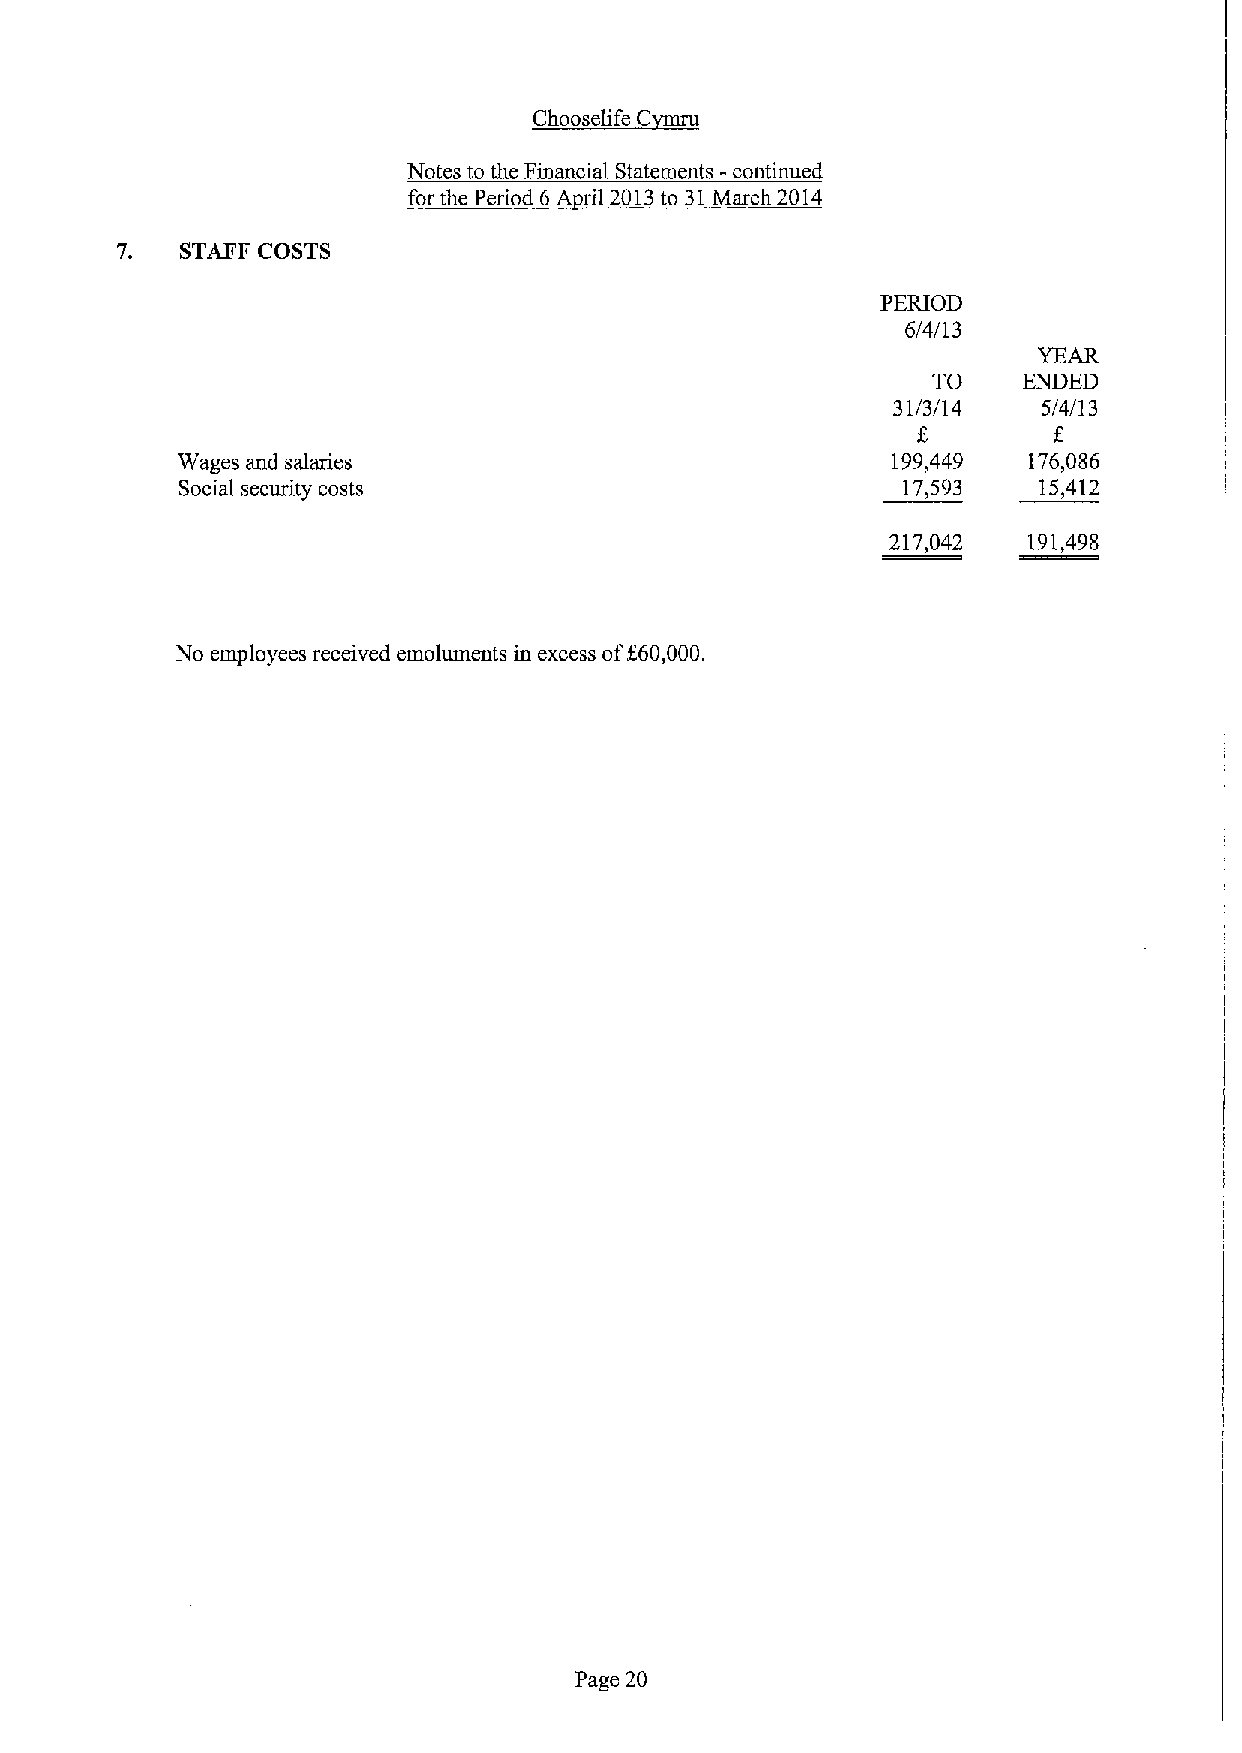
~Ch  ric C
 Notes to the Financial Statements -continued
 for the Period 6A ril 2013to 31March 2014
 7.  STAFF COSTS
 PERIOD
 6/4/13
 YEAR
 TO    ENDED
 31/3/14   5/4/I 3
 f.
 Wages and salaries                             199,449  176,086
 Social security costs                           17,593   15,412
 217,042  191,498
 No eraployees received emoluments in excess off60,000.
 Page 20